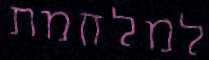
למלחמת